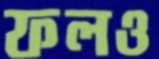
ফলও